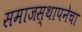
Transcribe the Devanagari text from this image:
समाजस्थापनेचा